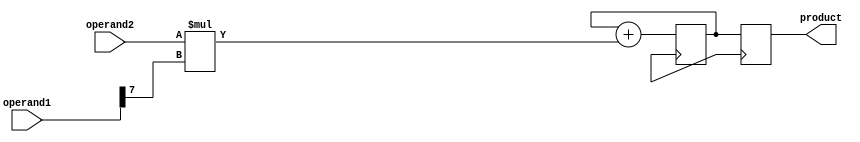
module ShiftAndAddMultiplier(
  input [7:0] operand1,
  input [7:0] operand2,
  output reg [15:0] product
);

reg [7:0] shiftedOperand1;
reg [15:0] accumulator;

always @ (posedge clk) begin
  shiftedOperand1 <= {operand1[6:0], 1'b0};
  accumulator <= accumulator + (operand2 * operand1[7]);
end

always @ (posedge clk) begin
  product <= accumulator;
end

endmodule